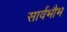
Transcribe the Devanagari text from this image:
सार्वभौभ